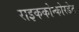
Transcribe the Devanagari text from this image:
राइककोन्कोरडेट